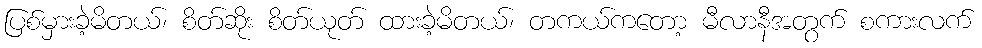
ပြစ်မှားခဲ့မိတယ်၊ စိတ်ဆိုး စိတ်ယုတ် ထားခဲ့မိတယ်၊ တကယ်ကတော့ မီလာနီအတွက် စကားလက်